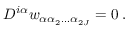
D ^ { i \alpha } w _ { \alpha \alpha _ { 2 } \ldots \alpha _ { 2 J } } = 0 \; .